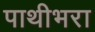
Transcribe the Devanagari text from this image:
पाथीभरा